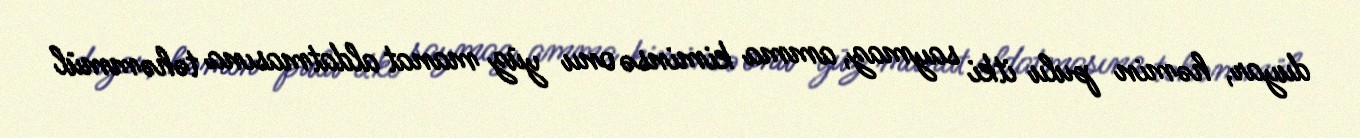
duyar, həmin pulu itki saymaz, amma kiminsə onu yüz manat aldatmasına təhəmmül